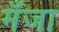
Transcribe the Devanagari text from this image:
मँजा